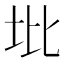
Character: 㘩